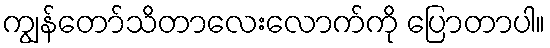
ကျွန်တော်သိတာလေးလောက်ကို ပြောတာပါ။